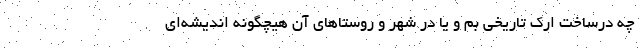
چه درساخت ارک تاریخی بم و یا در شهر و روستاهای آن هیچگونه اندیشه‌ای